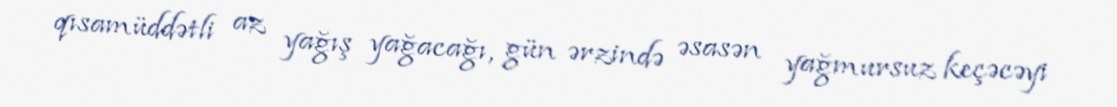
qısamüddətli az yağış yağacağı, gün ərzində əsasən yağmursuz keçəcəyi